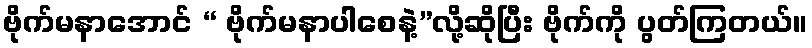
ဗိုက်မနာအောင် “ ဗိုက်မနာပါစေနဲ့”လို့ဆိုပြီး ဗိုက်ကို ပွတ်ကြတယ်။